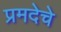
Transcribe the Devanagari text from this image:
प्रमदेचे